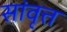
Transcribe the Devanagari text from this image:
सांवृत्त